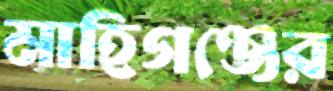
মাহিগঞ্জের